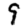
Digit: 9